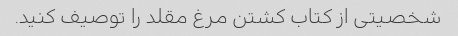
شخصیتی از کتاب کشتن مرغ مقلد را توصیف کنید.